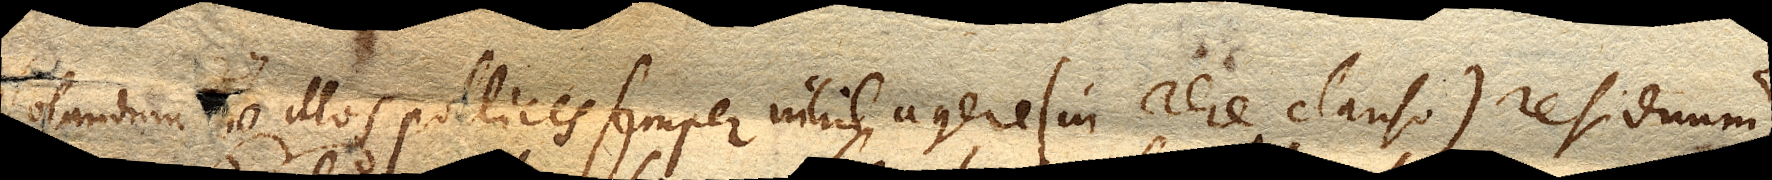
Notandum ≺27.≻ illos pollices semper nihil agere (in aere clauso) residuum